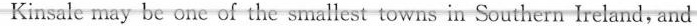
Kinsale may be one of the smallest towns in Southern Ireland, and